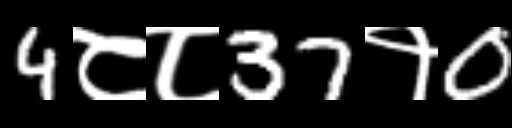
Text: 4८८37१0